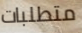
متطلبات